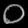
Digit: ၀